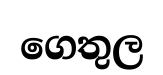
ගෙතුල